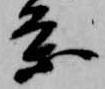
条